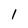
Character: 1